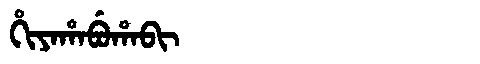
Manchu: ᡥᡳᠶᠠᡥᠠᠪᡠᡥᠠᠪᡳ
Romanization: HIYAHABUHABI